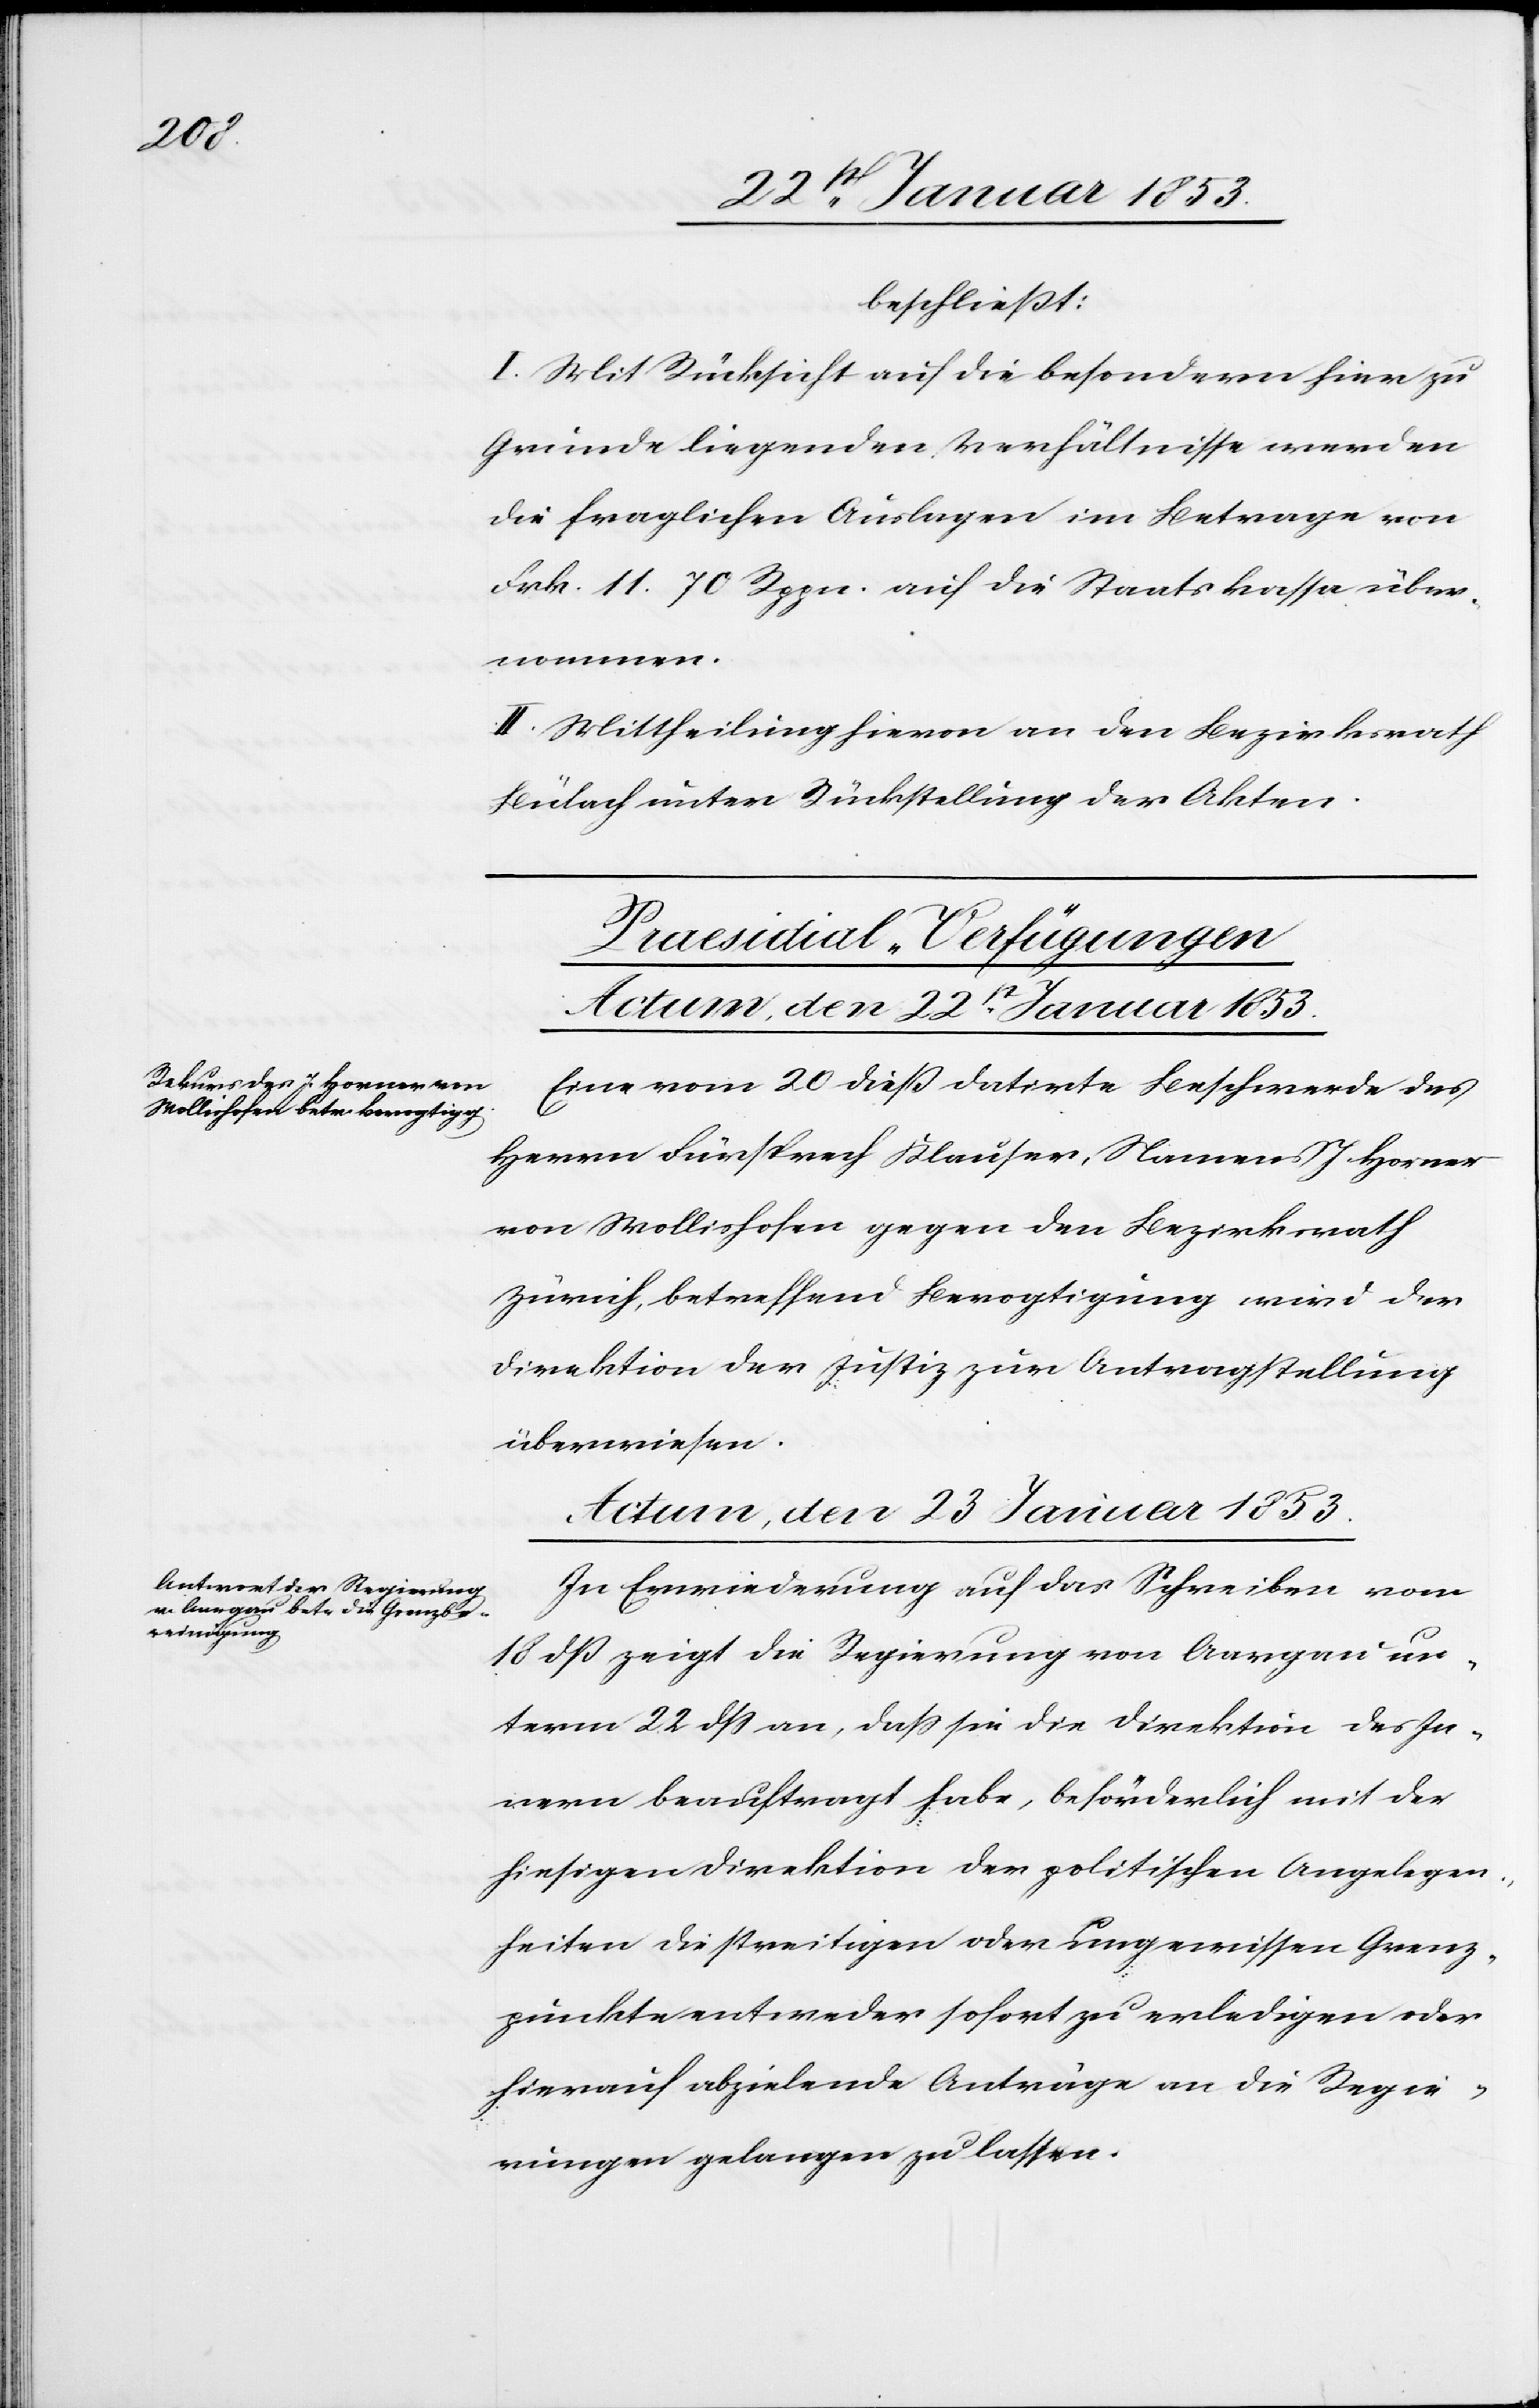
beschließt:
I. Mit Rücksicht auf die besondern hier zu
Grunde liegenden Verhältnisse werden
die fraglichen Auslagen im Betrage von
Frk. 11. 70 Rpp. auf die Staatskassa über¬
nommen.
II. Mittheilung hievon an den Bezirksrath
Bülach unter Rückstellung der Akten.
[Praesidial-Verfügungen]
Actum, den 22r. Januar 1853.
Eine vom 20 dieß datirte Beschwerde des
Herrn Fürsprech Klauser, Namens J. Horner
von Wollishofen gegen den Bezirksrath
Zürich, betreffend Bevogtigung wird der
Direktion der Justiz zur Antragstellung
überwiesen.
Actum, den 23 Januar 1853
In Erwiederung auf das Schreiben vom
18 dß zeigt die Regierung von Aargau un¬
term 22 dß an, daß sie die Direktion des In¬
nern beauftragt habe, beförderlich mit der
hiesigen Direktion der politischen Angelegen¬
heiten die streitigen oder ungewissen Grenz¬
punkte entweder sofort zu erledigen oder
hierauf abzielende Anträge an die Regie¬
rungen gelangen zu lassen.